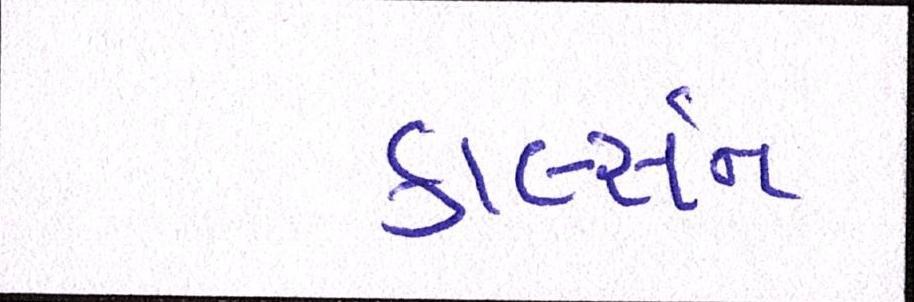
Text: કાર્લ્સન